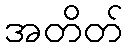
အတိတ်